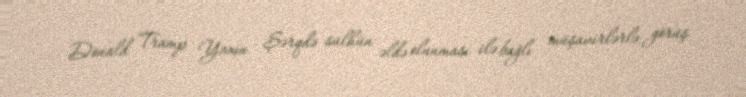
Donald Tramp Yaxın Şərqdə sülhün əldə olunması ilə bağlı müşavirlərlə görüş